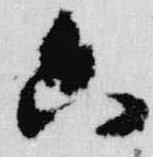
六